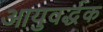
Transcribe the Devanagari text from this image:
आयुवर्द्धक